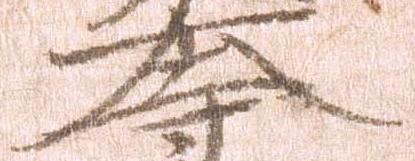
大